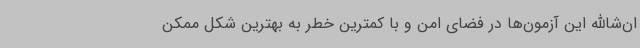
ان‌شاالله این آزمون‌ها در فضای امن و با کمترین خطر به بهترین شکل ممکن